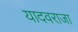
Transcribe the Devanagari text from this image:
यादवराजा